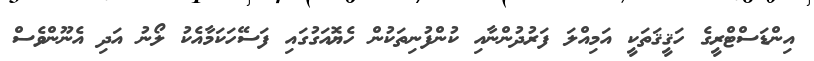
އިންޑަސްޓްރީގެ ހަޤީޤަތަކީ އަމިއްލަ ފަރުދުންނާއި ކުންފުނިތަކުން ހެޔޮއަގުގައި ފަސޭހަކަމާއެކު ލޯނު އަދި އެނޫންވެސް